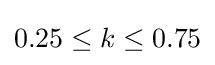
0.25\leq k\leq 0.75